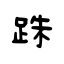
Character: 跦